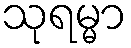
သုရမ္မာ